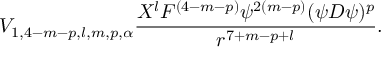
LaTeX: V _ { 1 , 4 - m - p , l , m , p , \alpha } \frac { X ^ { l } F ^ { ( 4 - m - p ) } \psi ^ { 2 ( m - p ) } ( \psi D \psi ) ^ { p } } { r ^ { 7 + m - p + l } } .